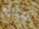
يجب